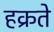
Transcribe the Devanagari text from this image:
हक्रते